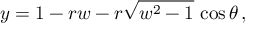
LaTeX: y = 1 - r w - r \sqrt { w ^ { 2 } - 1 } \, \cos \theta \, ,